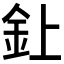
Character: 𫒆